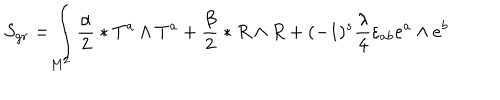
S _ { g r } = \int _ { M ^ { 2 } } ^ { } { \frac { \alpha } { 2 } } \ast T ^ { a } \wedge T ^ { a } + { \frac { \beta } { 2 } } \ast R \wedge R + ( - 1 ) ^ { s } { \frac { \lambda ^ { } } { 4 } } \varepsilon _ { a b } e ^ { a } \wedge e ^ { b }